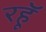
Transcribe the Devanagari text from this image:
रहॅू